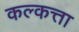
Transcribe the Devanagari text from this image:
कल्कत्ता